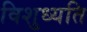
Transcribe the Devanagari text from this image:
विशुध्यति